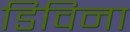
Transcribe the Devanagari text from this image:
डिविना